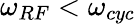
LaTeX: \omega_{RF}<\omega_{cyc}